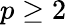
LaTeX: p\ge 2